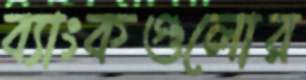
ব্যাংকগুলোর